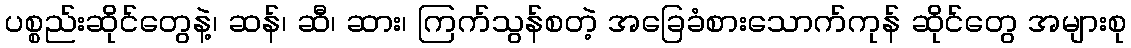
ပစ္စည်းဆိုင်တွေနဲ့၊ ဆန်၊ ဆီ၊ ဆား၊ ကြက်သွန်စတဲ့ အခြေခံစားသောက်ကုန် ဆိုင်တွေ အများစု